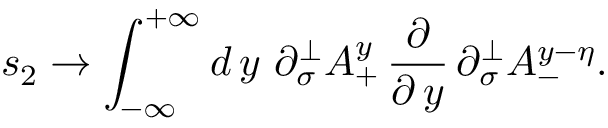
s _ { 2 } \rightarrow \int _ { - \infty } ^ { + \infty } d \, y \, \, \partial _ { \sigma } ^ { \perp } A _ { + } ^ { y } \, \frac \partial { \partial \, y } \, \partial _ { \sigma } ^ { \perp } A _ { - } ^ { y - \eta } .